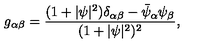
g _ { \alpha \beta } = \frac { ( 1 + \vert \psi \vert ^ { 2 } ) \delta _ { \alpha \beta } - \bar { \psi } _ { \alpha } \psi _ { \beta } } { ( 1 + \vert \psi \vert ^ { 2 } ) ^ { 2 } } ,